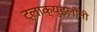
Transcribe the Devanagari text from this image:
ट्लाक्युइलोंनी